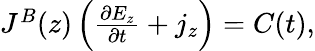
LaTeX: \begin{array}{r}{J^{B}(z)\left(\frac{\partial E_{z}}{\partial t}+j_{z}\right)=C(t),}\end{array}